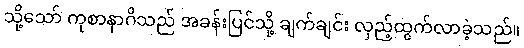
သို့သော် ကုစာနာဂိသည် အခန်းပြင်သို့ ချက်ချင်း လှည့်ထွက်လာခဲ့သည်။